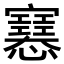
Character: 𢥛